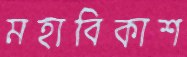
মহাবিকাশ